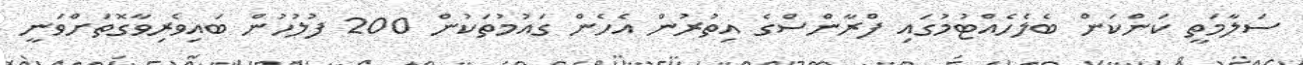
ސަލާމަތީ ކަންކަން ބެލެހެއްޓުމުގައި ފްރާންސްގެ އިތުރުން އެހެން ގައުމުތަކުން 200 ފުލުހުން ބައިވެރިވާގޮތަށްވަނީ